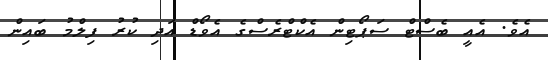
އެވެ. އެއީ ބެސްޓް ސަޕޯޓިން އެކްޓްރެސްގެ އެވޯޑް އަދި ކުރު ފިލްމު ބައިން